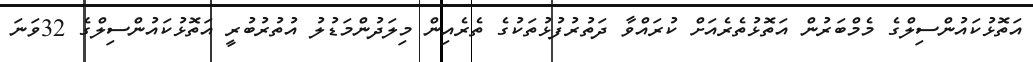
އަތޮޅުކައުންސިލްގެ މެމްބަރުން އަތޮޅުތެރެއަށް ކުރައްވާ ދަތުރުފުޅުތަކުގެ ތެރެއިން މިލަދުންމަޑުލު އުތުރުބުރީ އަތޮޅުކައުންސިލްގެ 32ވަނަ